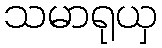
သမာရုယှ